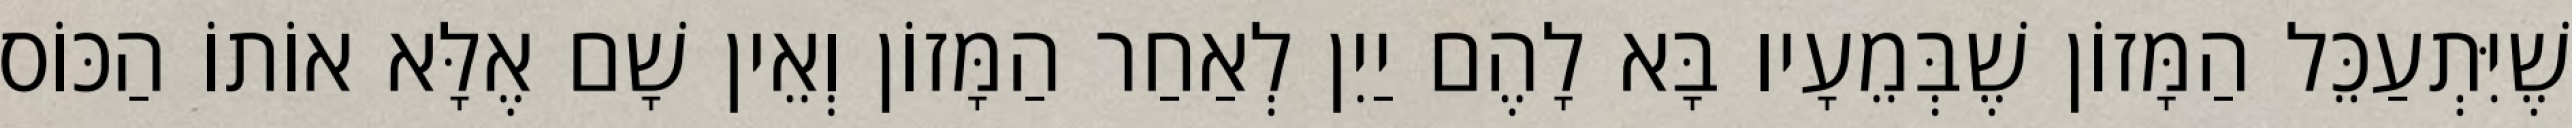
שֶׁיִּתְעַכֵּל הַמָּזוֹן שֶׁבְּמֵעָיו בָּא לָהֶם יַיִן לְאַחַר הַמָּזוֹן וְאֵין שָׁם אֶלָּא אוֹתוֹ הַכּוֹס